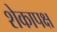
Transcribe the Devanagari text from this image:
शेकापक्ष